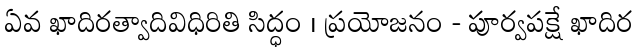
ఏవ ఖాదిరత్వాదివిధిరితి సిద్ధం । ప్రయోజనం - పూర్వపక్షే ఖాదిర